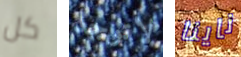
كل لاتوجد ناينا